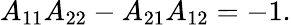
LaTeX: A_{11}A_{22}-A_{21}A_{12}=-1.